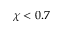
\chi < 0 . 7